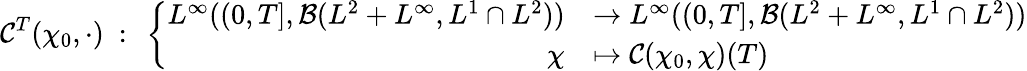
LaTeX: \mathcal{C}^{T}(\chi_{0},\cdot)\ :\ \left\lbrace\begin{array}{rl}{L^{\infty}((0,T],\mathcal{B}(L^{2}+L^{\infty},L^{1}\cap L^{2}))}&{\rightarrow L^{\infty}((0,T],\mathcal{B}(L^{2}+L^{\infty},L^{1}\cap L^{2}))}\\ {\chi}&{\mapsto\mathcal{C}(\chi_{0},\chi)(T)}\end{array}\right.